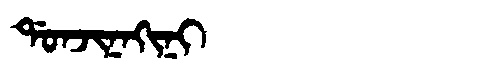
Manchu: ᡩᠣᠨᠵᡳᠨᠠᡴᡳᠨᡳ
Romanization: DONJINAKINI